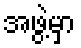
အဖွဲ့မှာ